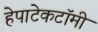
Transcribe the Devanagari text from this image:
हेपाटेकटॉमी